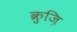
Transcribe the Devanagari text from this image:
क्रुज़ि